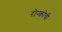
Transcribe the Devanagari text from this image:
रोन्कोची